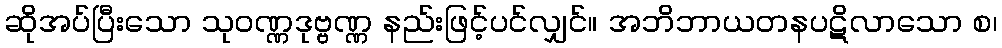
ဆိုအပ်ပြီးသော သုဝဏ္ဏဒုဗ္ဗဏ္ဏ နည်းဖြင့်ပင်လျှင်။ အဘိဘာယတနပဋိလာသော စ၊